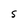
Character: S